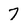
Character: 7